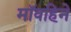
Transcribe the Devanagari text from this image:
मॉवहिने